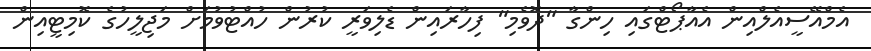
އެމްއޭސީއެލްއިން އެއާޕޯޓްގައި ހިންގާ "ދޮވެމި" ފިހާރައިން ޑެލިވަރީ ކުރުން ހުއްޓުވުމަށް މަޖިލީހުގެ ކޮމިޓީއިން